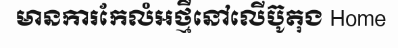
មានការកែលំអថ្មីនៅលើប៊ូតុង Home